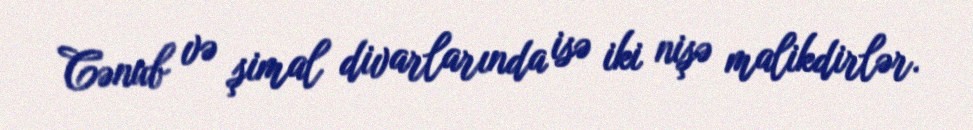
Cənub və şimal divarlarında isə iki nişə malikdirlər.